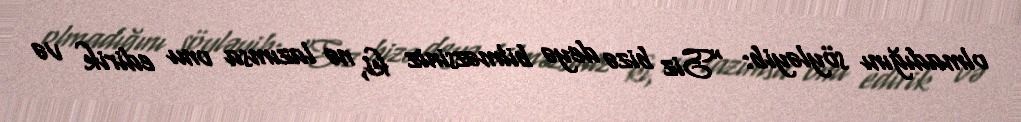
olmadığını söyləyib: “Siz bizə deyə bilməzsiniz ki, nə lazımsa onu edirik və